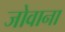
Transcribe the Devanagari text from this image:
जोवाना